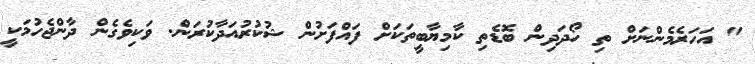
" އަހަރެމެންނަށް ތި ހޯދަދިން ބޮޑެތި ކާމިޔާބީތަކަށް ފައްފަށުން ޝުކުރުއަދާކުރަން. ވަކިވެގެން ދާންޖެހުމަކީ